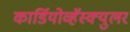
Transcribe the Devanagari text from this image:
कार्डियोव्हॅस्क्युलर